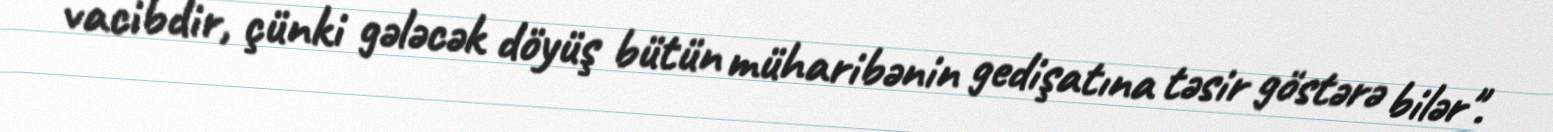
vacibdir, çünki gələcək döyüş bütün müharibənin gedişatına təsir göstərə bilər".